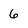
Character: 6